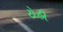
ટોહી